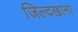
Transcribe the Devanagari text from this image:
जिल्दखाना